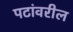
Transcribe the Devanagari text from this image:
पटांवरील